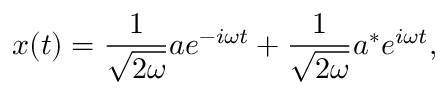
x ( t ) = { \frac { 1 } { \sqrt { 2 \omega } } } a e ^ { - i \omega t } + { \frac { 1 } { \sqrt { 2 \omega } } } a ^ { * } e ^ { i \omega t } ,